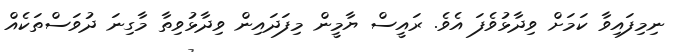
ނިމިފައިވާ ކަމަށް ވިދާޅުވެފަ އެވެ. ރައީސް ޔާމީން މިފަދައިން ވިދާޅުވިތާ މާގިނަ ދުވަސްތަކެއް